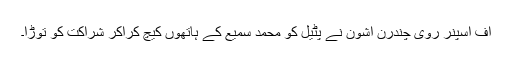
آف اسپنر روی چندرن اشون نے پٹیل کو محمد سمیع کے ہاتھوں کیچ کراکر شراکت کو توڑا۔